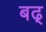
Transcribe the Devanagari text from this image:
बढ्